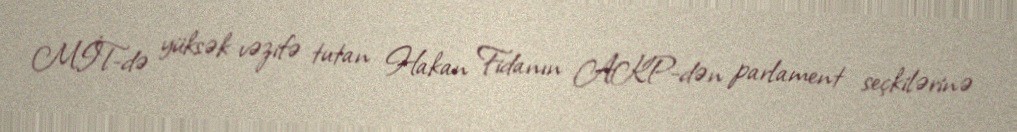
MİT-də yüksək vəzifə tutan Hakan Fidanın AKP-dən parlament seçkilərinə